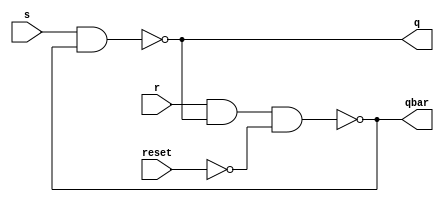
/* ------------------------------------------------------ *
 * Project     : Digital Clock                            *
 * Module      : sr_latch                                 *
 * ------------------------------------------------------ *
 * Last Edit   : 25/05/2021                               *
 * ------------------------------------------------------ *
 * Description : Creates a sr latch with reset option     *
 * ------------------------------------------------------ */


module sr_latch (input s,
                 input r,
                 input reset,

                 output q,
                 output qbar);

not n1(reset_bar,reset);
nand g1 (q,s,qbar),
     g2 (qbar,r,q,reset_bar);

endmodule